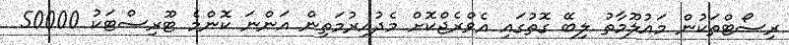
ރިސޯޓްތަކުން މައުލޫމާތު ލިބޭ ގޮތުގައި އެވްރެޖްކޮށް މެދުއިރުމަތިން އަންނަ ކޮންމެ ޓޫރިސްޓަކު 50000